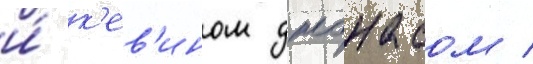
и́ к'ев'ином джонасом /